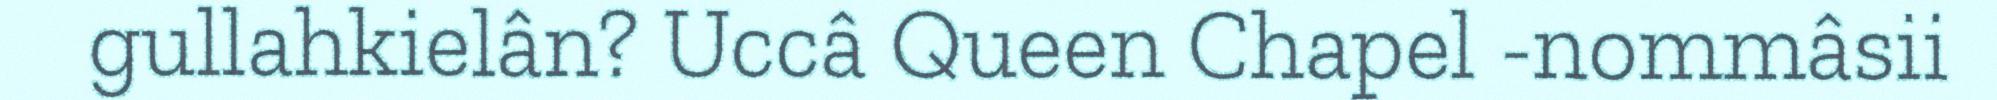
gullahkielân? Uccâ Queen Chapel -nommâsii